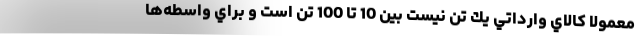
معمولا كالاي وارداتي يك تن نيست بين 10 تا 100 تن است و براي واسطه‌ها